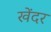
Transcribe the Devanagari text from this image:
खेंदर